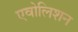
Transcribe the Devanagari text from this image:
एवोलिशन